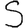
Digit: 5